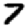
Digit: 7